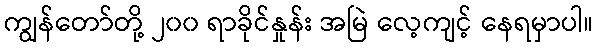
ကျွန်တော်တို့ ၂၀၀ ရာခိုင်နှုန်း အမြဲ လေ့ကျင့် နေရမှာပါ။